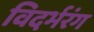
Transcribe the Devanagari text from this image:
विदर्भरंग